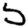
Digit: 5